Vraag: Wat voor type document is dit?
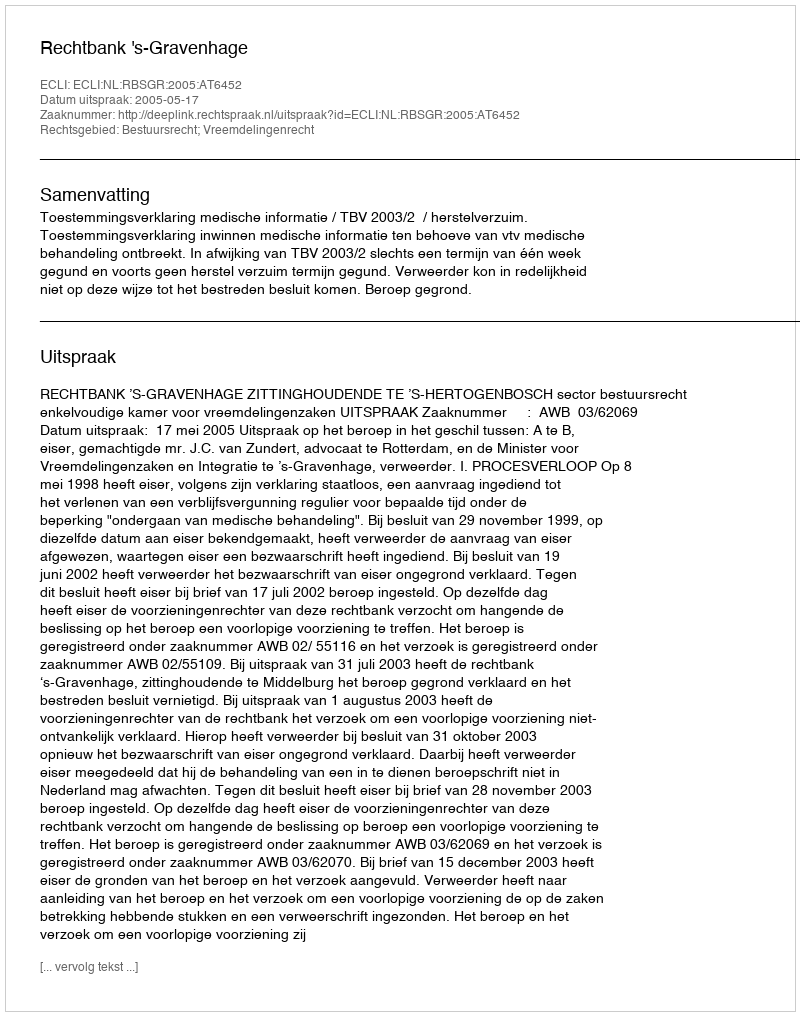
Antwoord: Uitspraak